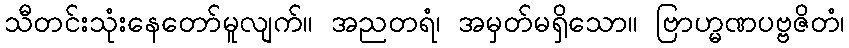
သီတင်းသုံးနေတော်မူလျက်။ အညတရံ၊ အမှတ်မရှိသော။ ဗြာဟ္မဏပဗ္ဗဇိတံ၊